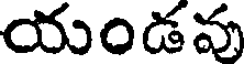
యండవు